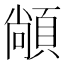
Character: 𮨏